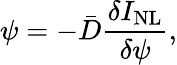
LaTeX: \psi=-\bar{D}\frac{\delta I_{\mathrm{NL}}}{\delta\psi},